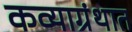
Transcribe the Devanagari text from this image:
कव्याग्रंथात